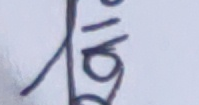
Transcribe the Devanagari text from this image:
१९